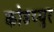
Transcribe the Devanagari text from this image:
कोडय्युर